Vaccination in Burma 1912-1922 - 1912-1922
Year: 1912
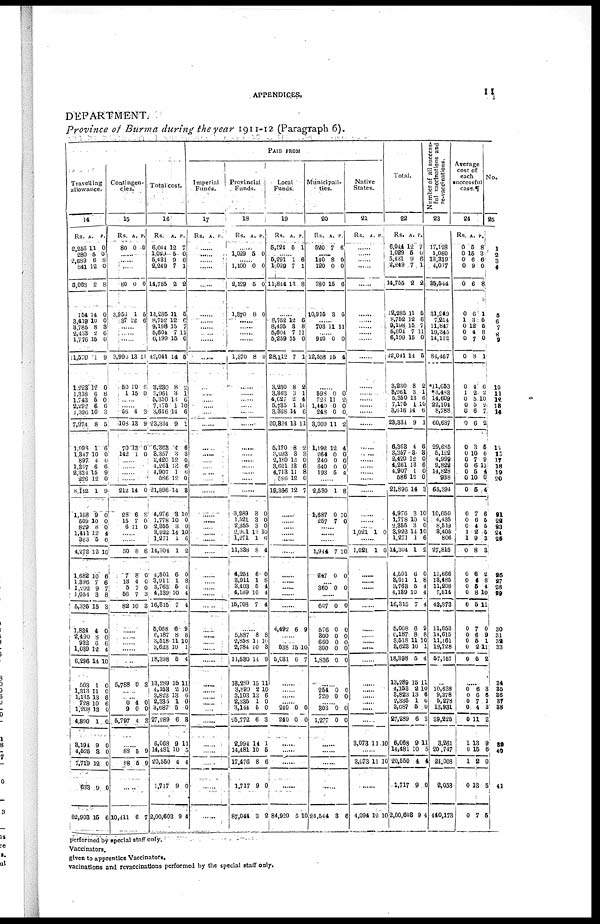
APPENDICES.
11
DEPARTMENT.
Province of Burma during the year 1911-12 (Paragraph 6).
Travelling
allowance.
14
Rs.
2,256
280
2,689
841
3,068
154
3,419
3,785
2,433
1,776
11,570
1,223
1,318
1,743
2,292
1,396
7,974
1,998
1,347
897
1,357
2,334
226
8,142
1,168
509
829
1,441
323
4,272
1,682
1,396
1,202
1,054
5,335
1,834
2,490
932
1,039
6,296
503
1,313
1,135
728
1,208
4,890
3,194
4,525
7,719
633
62,903
A.
11
5
6
12
2
14
10
8
2
15
1
12
6
5
6
10
8
1
10
4
6
15
12
1
9
10
8
12
5
12
10
7
9
3
15
4
8 6
12
14
1
11
13
10
13
1
9
8
12
9
15
P.
0
0
8
0
8
0
0
3
6
0
9
0
8
0
6
3
5
6
0
0
6
9
0
9
0
0
0
4
6
10
6
6
7
8
3
0
0 6
4
10
0
0
6
6
0
0
0
0
0
0
6
Contingen-
cies.
15
Rs.
80
A.
0
P.
0
......
......
......
80
3,953
37
0
1
12
0
5
6
......
......
......
3,990
50
1
13
10
15
11
6
11
......
......
56
103
70
142
4
13
13
1
3
9
0
0
......
......
......
......
212
28
15
6
14
6
7
11
0
8
0
0
......
......
50
7
13
5
56
82
8
8
4
7
7
10
8
0
0
0
3
3
......
......
......
......
......
5,788 0 3
......
......
0
9
5,797
4
0
4
0
0
3
......
88
88
5
5
9
9
......
10,411 6 7
Total cost.
16
Rs.
6,044
1,029
5,431
2,249
14,755
12,285
8,752
9,198
5,604
6,199
42,041
3,280
3,961
5,350
7,175
3,616
23,384
6,363
3,357
2,420
4,261
4,907
586
21,896
4,976
1,778
2,355
3,922
1,271
14,304
4,501
3,911
3,763
4,139
16,315
5,068
6,187
3,518
3,623
18,398
13,289
4,153
3,823
2,335
3,687
27,289
6,068
14,481
20,550
1,717
2,00,603
A.
12
5
9
7
2
11
12
15
7
15
14
8
3
13 1
14
9
4
3
12
13
1
12
14
3
10
3
14
1
1
6
1
5
10
7
6
8
11
10
5
15
2
13
1
5
6
9
10
4
9
9
P.
7
0
6
1
2
5
6 7
11
0
5
2
1
6
10
6
1
6
3
0
6
0
0
8
10
0
0
10
6
2
0
8
4
4
4
9
8
10
1
4
11
10
6
0
0
3
11
5
4
0
4
PAID FROM
Imperial
Funds.
17
Rs. A. P.
......
......
......
......
......
......
......
......
......
......
......
......
......
......
......
......
......
......
......
......
......
......
......
......
......
......
......
......
......
......
......
......
......
......
......
......
......
......
......
......
......
......
......
....
......
......
......
......
......
......
Provincial
Funds.
18
Rs. A. P.
......
1,029 5 0
......
1,100
2,129
1,870
0
5
8
0
0
0
......
......
......
......
1,370 8 0
......
......
......
......
......
......
......
......
......
......
......
3,289
1,521
2,355
2,901
1,271
11,338
4,254
3,911
3,403
4,139
15,708
3
3
3
13
1
8
6
1
5
10
7
0
0
0
10
6
4
0
8
4
4
4
......
5,887
2,858
2,784
11,580
18,289
3,899
3,103
2,335
3,144
25,772
2,994
14,481
17,476
1,717
87,044
8
11
10
11
15
2
13
1
5
6
14
10
8
9
3
8
10
3
9
11
10
6
0
0
3
1
5
6
0
2
Local
Funds.
19
Rs.
5,524
A.
5
P.
1
......
5,291
1,029
11,844
1
7
13
6
1
8
......
8,752
8,495
5,604
5,259
28,112
3,230
3,363
4,627
5,735
3,368
20,324
5,170
3,093
2,180
3,621
4,713
586
19,366
12
3
7
15
7
8
3
2
1
14
13
8
3
12
13
11
12
12
6
8
11
0
1
2
1
4
10
6
11
2
3
0
6
8
0
7
......
......
......
......
......
......
......
......
......
......
......
4,492 6 9
......
......
538
5,081
15
6
10
7
......
......
......
......
240
240
0
0
0
0
......
......
......
......
84,920 5 10
Municipali¬
ties.
20
Rs.
520
A.
7
P.
6
......
140
120
780
10,915
8
0
15
3
0
0
6
5
......
703 11 11
......
940
12,558
0
15
0
4
......
598
725
1,440
248
3,009
1,192
264
240
640
193
0
11
0
0
11
12
0
0
0
5
0
2
0
0
2
4
0
0
0
4
......
2,530
1,687
257
1
0
7
8
10
0
......
......
......
1,944
247
7
0
10
0
......
360 0 0
......
607
576
300
660
300
1,836
0
0
0
0
0
0
0
0
0
0
0
0
......
254
720
0
0
0
0
......
303
1,277
0
0
0
0
......
......
......
......
24,544 3 6
Native
States.
21
Rs. A. P.
......
......
......
......
......
......
......
......
......
......
......
......
......
......
......
......
......
......
......
......
......
......
......
......
......
...
1,021 1 0
......
1,021 1 0
......
......
......
......
......
......
......
......
......
......
......
......
......
......
.....
......
3,078 11 10
......
3,073 11 10
......
4,094 12 10
Total.
22
Rs.
6,044
1,029
5,431
2,249
14,755
12,285
8,752
9,198
5,604
6,199
42,041
3,230
8,961
5,350
7,175
3,616
23,334
6,363
3,357
2,420
4,261
4,907
586
21,896
4,976
1,778
2,355
3,922
1,271
14,304
4,501
3,911
3,763
4,139
16,315
5,068
6,187
3,518
3,623
18,398
13,289
4,153
3,823
2,335
3,687
27,289
6,068
14,481
20,550
1,717
2,00,603
A.
12
5
9
7
2
11
12
15
7
15
14
8
3
13
1
14
9
4
3
12
13
1
12
14
3
10
3
14
1
1
6
1
5
10
7
6
8
11
10
5
15
2
13
1
5
6
9
10
4
9
9
P.
7
0
6
1
2
5
6
7
11
0
5
2
1
6
10
6
1
6
8
0
6
0
0
3
10
0
0
10
6
2
0
8
4
4
4
9
8
10
1
4
11
10
6
0
0
3
11
5
4
0
4
Number of all success¬
ful vaccinations and
re-vaccinations.
23
17,128
1,080
13,319
4,017
35,544
31,949
7,214
11,847
19,345
14,112
84,467
*11,653
*3,483
14,609
22,104
8,788
60,637
29,685
5,122
4,999
9,822
14,828
938
65,394
10,650
4,435
8,519
8,405
806
27,815
11,666
13,485
11,208
7,514
43,873
11,653
14,615
11,161
19,728
57,157
......
10,638
9,378
5,278
13,931
39,225
3,261
20,747
24,008
2,053
440,173
Average
cost of
each
successful
case.¶
24
Rs.
0
0
0
0
0
0
1
0
0
0
0
0
1
0
0
0
0
0
0
0
0
0
0
0
0
0
0 1
1
0
0
0
0
0
0
0
0
0
0
0
A.
5
15
6 9
6
6
3
12
4
7
8
4
2
5
5
6
6
3
10
7
6
5
10
5
7
6
4
2
9
8
6
4
5
8
5
7
6
5
2
5
P.
8
3
6 0
8
1
5
5
8
0
1
6
2
10
2
7
2
5
6
9
11
4
0
4
6
5
5
5
3
3
2
8
4
10
11
0
9
1
11
2
......
0
0
0
0
0
1
0
1
0
0
6
6
7
4
11
13
15
2
13
7
3
6 1
3
2
9
6
0
5
5
No.
25
1
2
3
4
5
6
7 8
9
10
11
12
13
14
15
16
17
18
19
20
21
22
23
24
25
26
27
28
29
30
31
32
33
34
35
36
37
38
39
40
41
performed by special-staff only.
Vaccinators.
given to apprentice Vaccinators.
vacinations and revaccinations performed by the special staff only.